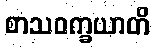
စာသဝက္ခယာတိ